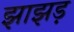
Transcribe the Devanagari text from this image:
झाझड़